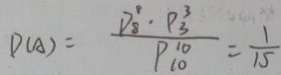
p ( A ) = \frac { p _ { 8 } ^ { 8 } P _ { 3 } ^ { 3 } } { P _ { 1 0 } ^ { 1 0 } } = \frac { 1 } { 1 5 }